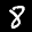
Label: 8